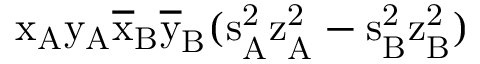
\mathrm { x _ { A } \mathrm { y _ { A } \mathrm { \overline { { x } } _ { B } \mathrm { \overline { { y } } _ { B } ( \mathrm { s _ { A } ^ { 2 } \mathrm { z _ { A } ^ { 2 } - \mathrm { s _ { B } ^ { 2 } \mathrm { z _ { B } ^ { 2 } ) } } } } } } } }